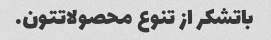
باتشکر از تنوع محصولاتتون.